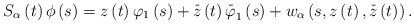
\begin{align*}S_{\alpha }\left( t\right) \phi \left( s\right) =z\left( t\right) \varphi_{1}\left( s\right) +\overset{\_}{z}\left( t\right) \overset{\_}{\varphi }_{1}\left( s\right) +w_{\alpha }\left( s,z\left( t\right) ,\overset{\_}{z}\left( t\right) \right) . \end{align*}